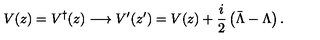
V ( z ) = V ^ { \dagger } ( z ) \longrightarrow V ^ { \prime } ( z ^ { \prime } ) = V ( z ) + \frac { i } { 2 } \left( \bar { \Lambda } - \Lambda \right) .